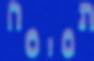
תסיסה